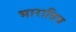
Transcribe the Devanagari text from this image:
भारातिय